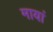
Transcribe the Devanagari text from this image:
मायां